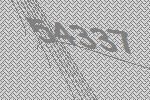
54337